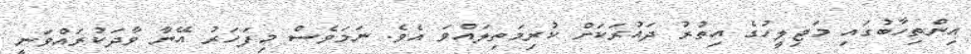
އިންތިހާބުގައި މަޖިލީހުގެ އިތުރު ދައުރަކަށް ކުރިމަތިލައްވަ އެވެ. ނަމަވެސް މިފަހަރު އޭނާ ވާދަކުރައްވަނީ